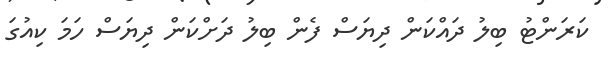
ކަރަންޓު ބިލު ދައްކަން ދިޔަސް ފެން ބިލު ދަށްކަން ދިޔަސް ހަމަ ކިއުގަ